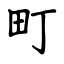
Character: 町